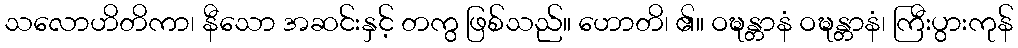
သလောဟိတိကာ၊ နီသော အဆင်းနှင့် တကွ ဖြစ်သည်။ ဟောတိ၊ ၏။ ဝဍ္ဎန္တာနံ ဝဍ္ဎန္တာနံ၊ ကြီးပွားကုန်